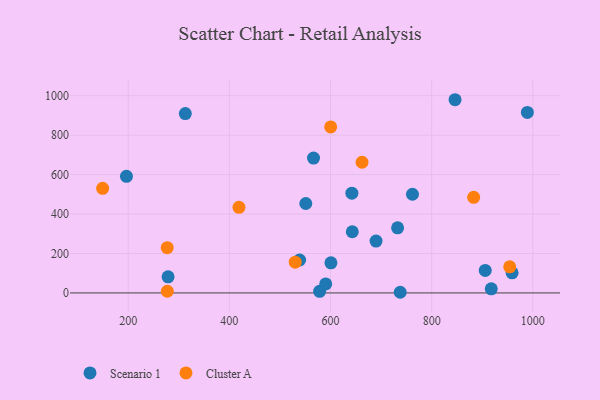
{"axis": {"x": "Study Hours", "y": "Salary"}, "legend": ["Cluster A", "Scenario 1"], "data": [{"x": "732.6", "y": 329.9, "type": "Scenario 1"}, {"x": "578.4", "y": 8.0, "type": "Scenario 1"}, {"x": "566.4", "y": 683.7, "type": "Scenario 1"}, {"x": "643.0", "y": 310.2, "type": "Scenario 1"}, {"x": "690.0", "y": 262.7, "type": "Scenario 1"}, {"x": "278.8", "y": 81.6, "type": "Scenario 1"}, {"x": "762.0", "y": 500.3, "type": "Scenario 1"}, {"x": "590.5", "y": 45.4, "type": "Scenario 1"}, {"x": "959.0", "y": 102.1, "type": "Scenario 1"}, {"x": "600.8", "y": 152.8, "type": "Scenario 1"}, {"x": "989.2", "y": 915.0, "type": "Scenario 1"}, {"x": "905.9", "y": 114.1, "type": "Scenario 1"}, {"x": "846.2", "y": 979.5, "type": "Scenario 1"}, {"x": "642.2", "y": 505.8, "type": "Scenario 1"}, {"x": "737.8", "y": 3.3, "type": "Scenario 1"}, {"x": "312.9", "y": 909.1, "type": "Scenario 1"}, {"x": "917.8", "y": 20.8, "type": "Scenario 1"}, {"x": "551.1", "y": 453.4, "type": "Scenario 1"}, {"x": "196.5", "y": 591.0, "type": "Scenario 1"}, {"x": "538.9", "y": 167.0, "type": "Scenario 1"}, {"x": "662.3", "y": 662.6, "type": "Cluster A"}, {"x": "883.0", "y": 484.8, "type": "Cluster A"}, {"x": "419.0", "y": 433.9, "type": "Cluster A"}, {"x": "530.2", "y": 156.0, "type": "Cluster A"}, {"x": "149.4", "y": 530.3, "type": "Cluster A"}, {"x": "954.3", "y": 132.3, "type": "Cluster A"}, {"x": "277.1", "y": 229.3, "type": "Cluster A"}, {"x": "600.3", "y": 841.8, "type": "Cluster A"}, {"x": "277.3", "y": 8.5, "type": "Cluster A"}]}